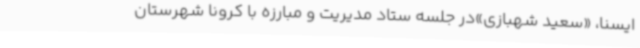
ایسنا، «سعید شهبازی»در جلسه ستاد مدیریت و مبارزه با کرونا شهرستان